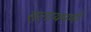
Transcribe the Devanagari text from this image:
सुलायमणी